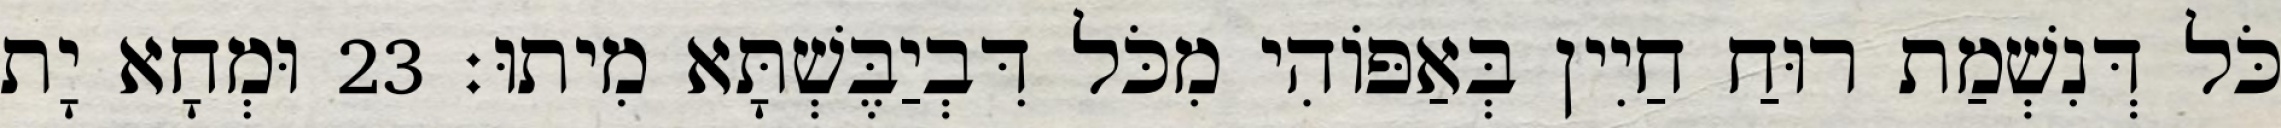
כֹּל דְּנִשְׁמַת רוּחַ חַיִין בְּאַפּוֹהִי מִכֹּל דִּבְיַבֶּשְׁתָּא מִיתוּ׃ 23 וּמְחָא יָת